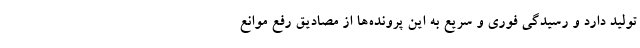
تولید دارد و رسیدگی فوری و سریع به این پرونده‌ها از مصادیق رفع موانع